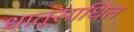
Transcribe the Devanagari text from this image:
धातूसाधित